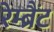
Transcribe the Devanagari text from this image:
रेम्ब्रैंट